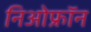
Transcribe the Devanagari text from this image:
निओफ्रॉन